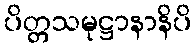
ပိတ္တသမုဋ္ဌာနာနိပိ